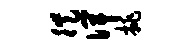
徙俾挑